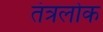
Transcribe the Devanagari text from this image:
तंत्रलोक